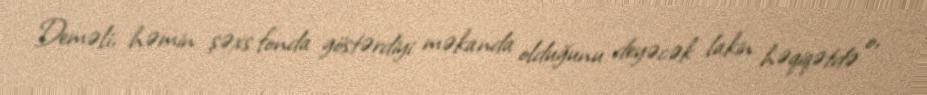
Deməli, həmin şəxs fonda göstərdiyi məkanda olduğunu deyəcək lakin həqiqətdə o,